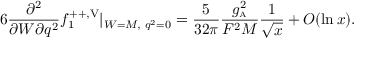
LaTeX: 6 \frac { \partial ^ { 2 } } { \partial W \partial q ^ { 2 } } f _ { 1 } ^ { + + , \mathrm { V } } | _ { W = M , \, \, q ^ { 2 } = 0 } = \frac { 5 } { 3 2 \pi } \frac { g _ { \mathrm { \scriptscriptstyle A } } ^ { 2 } } { F ^ { 2 } M } \frac { 1 } { \sqrt { x } } + { \cal O } ( { \ln x } ) .